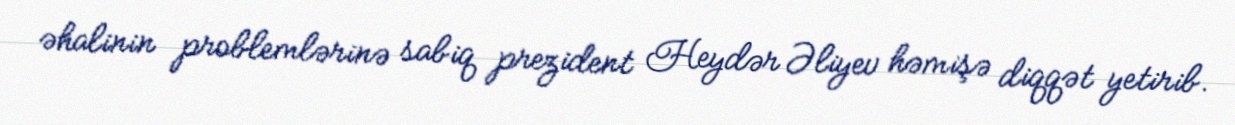
əhalinin problemlərinə sabiq prezident Heydər Əliyev həmişə diqqət yetirib.